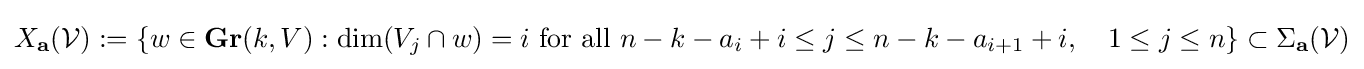
X_{\mathbf {a} }({\mathcal {V}}):=\{w\in \mathbf {Gr} (k,V):\dim(V_{j}\cap w)=i{\text{ for all }}n-k-a_{i}+i\leq j\leq n-k-a_{i+1}+i,\quad 1\leq j\leq n\}\subset \Sigma _{\mathbf {a} }({\mathcal {V}})